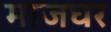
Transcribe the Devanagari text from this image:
माजघर